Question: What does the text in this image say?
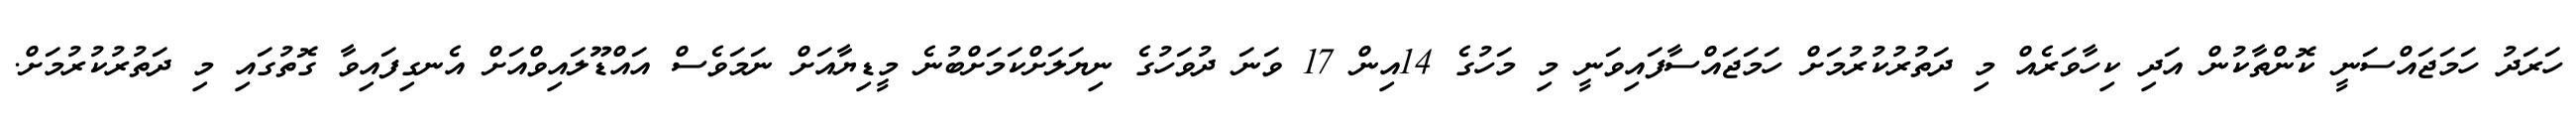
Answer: ހަރަދު ހަމަޖައްސަނީ ކޮންތާކުން އަދި ކިހާވަރެއް މި ދަތުރުކުރުމަށް ހަމަޖައްސާފައިވަނީ މި މަހުގެ 14އިން 17 ވަނަ ދުވަހުގެ ނިޔަލަށްކަމަށްބުނެ މީޑިޔާއަށް ނަމަވެސް އައްޑޫލައިވްއަށް އެނގިފައިވާ ގޮތުގައި މި ދަތުރުކުރުމަށް.